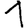
Digit: 1